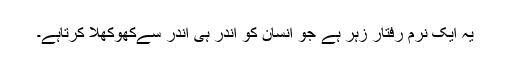
یہ ایک نرم رفتار زہر ہے جو انسان کو اندر ہی اندر سےکھوکھلا کرتاہے۔